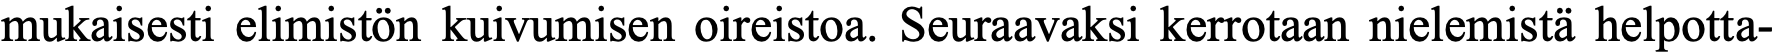
mukaisesti elimistön kuivumisen oireistoa. Seuraavaksi kerrotaan nielemistä helpotta-